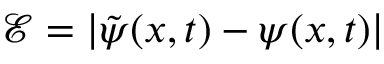
\mathcal { E } = | \tilde { \psi } ( x , t ) - \psi ( x , t ) |